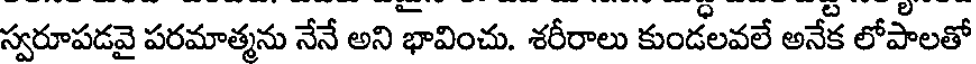
స్వరూపడవై పరమాత్మను నేనే అని భావించు. శరీరాలు కుండలవలే అనేక లోపాలతో